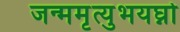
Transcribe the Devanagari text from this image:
जन्ममृत्युभयघ्नो